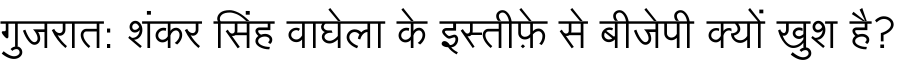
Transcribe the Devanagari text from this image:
गुजरात: शंकर सिंह वाघेला के इस्तीफ़े से बीजेपी क्यों खुश है?